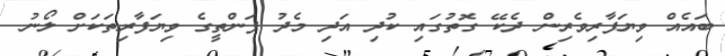
ބައެއް ވިޔަފާރިވެރިން ދެކޭ ގޮތުގައި ކުދި އަދި މެދު ފަންތީގެ ވިޔަފާރިތަކަށް ލޯނު